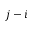
j - i